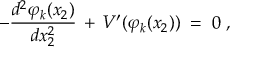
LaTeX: - \frac { d ^ { 2 } \varphi _ { k } ( x _ { 2 } ) } { d x _ { 2 } ^ { 2 } } \, + \, V ^ { \prime } ( \varphi _ { k } ( x _ { 2 } ) ) \; = \; 0 \; ,